Scottish Leaving Certificate Examination, 1954
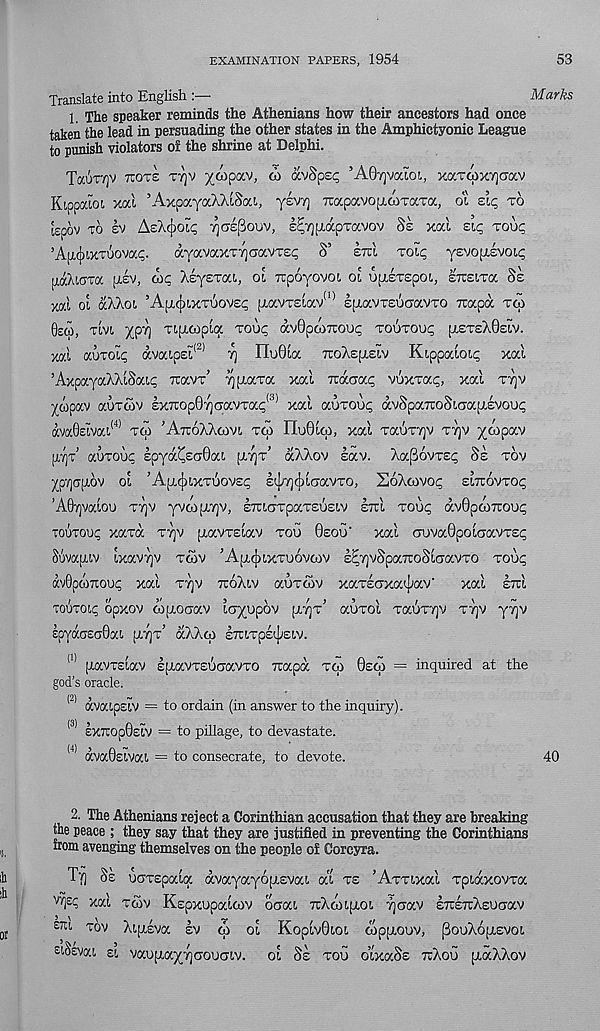
EXAMINATION PAPERS, 1954
53
Translate into English
Marks
1 The speaker reminds the Athenians how their ancestors had once
taken the lead in persuading the other states in the Amphictyonic League
to punish violators of the shrine at Delphi.
Toc6ti)V tuote ty]V xwpocv, co av§p£<; ’AB'/pcaoi, xaTqixTjciav
Kippaioi y.al ’AxpayaXAiSai, ysw] TiapavoycoTaTa, ot ziq to
kpbv to sv
^cePouv, E^TjpiapTavov Ss xal ei^ tooc;
’ApuJxxTOOVai;.
ayavocxTTjuavTE^ S’ etcl toii; ysvopLEVOic;
[xaXiaTa pisv, me AsysToa, ol Trpoyovoi ol opiETEpoi, ettei/tgc Se
xal ol aXXoi ’ApxjxxToovE^ [xavTSLav* 0 spiavTSUciavTO Trapa tco
0£co, tlvl ypT] TLpLOopia tou<; dcv0po)7TOU<; TOOTOOi; [XETEX0ELV.
xal auTOip avoapEL (2) y FluOia ttoXe^elv Kippaioi^ xoci
’AxpayaXXiSai? tcocvt’ y [xaTa xai Traaac vuxtoc^, xal Tyv
^copav auTcov £X7rop0ycjavTa(; <3) xal auTOuc; avSpaTroSicrapiEVOup;
dva0Eivai <4) tw ’AttoXXoovl tco IluOiai, xal Ta^Tyv Tyv ympav
[xtjt’ kutouc IpyaCeaOai piyT’ aXXov sav. Xa^ovTSi; Se tov
Xp‘/)(7[i,OV OL ’A(X(|)LXTUOV£^ ELpy LGaVTO, SoXoiVOi; ELTCOVTOi^
’AOyvaiou Tyv yvmpiyv, ETUaTpaTsSsiv ettI tou^ avOpcoTtouc;
toutouc; xaTa Tyv (xavTsiav too 0eoo‘ xal CTUVaOpoicravTsc;
Suvap.iv ixavyv tcov ’ApuJxxTUOvcov E^yvSpaTcoSicjavTO tool;
dvQpwxoui; xal Tyv ttoXiv aoToov xafsAxa^av'
xal etcI
TOUTOip opxov copioaav layupov piyT’ auTol TauTyv Tyv yyv
IpydcjEaOaL piyT’ aXXw sTUTpE^ELV.
(1) [xavTEiav IpLavTsuoavTO Trapa toi 0£co = inquired at the
god’s oracle.
(2) j
f\t
ocvaipEiV = to ordain (in answer to the inquiry).
(3) Ex:rop0SLV = to pillage, to devastate.
(4) dvaSsivaL = to consecrate, to devote.
40
2. The Athenians reject a Corinthian accusation that they are breaking
the peace ; they say that they are justified in preventing the Corinthians
from avenging themselves on the people of Coreyra.
Ty Se uarspaia avayayopievai at te ’Arrixal Tpiaxovva
*al tojv KspxupaLCOV oaai TrXcbijxoL ycrav ETrETcXsucrav
£TCl TOV Xlpisva EV O) OL KopLV0LOL (UpfXOUV, |3ouX6jJLSVOl
EtSsvaL el vaupLayycroucTLv. ol Se tou olxaSs ttXou ptaXXov